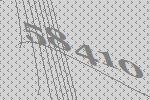
58410